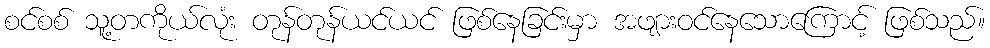
စင်စစ် သူ့တကိုယ်လုံး တုန်တုန်ယင်ယင် ဖြစ်နေခြင်းမှာ အဖျားဝင်နေသောကြောင့် ဖြစ်သည်။